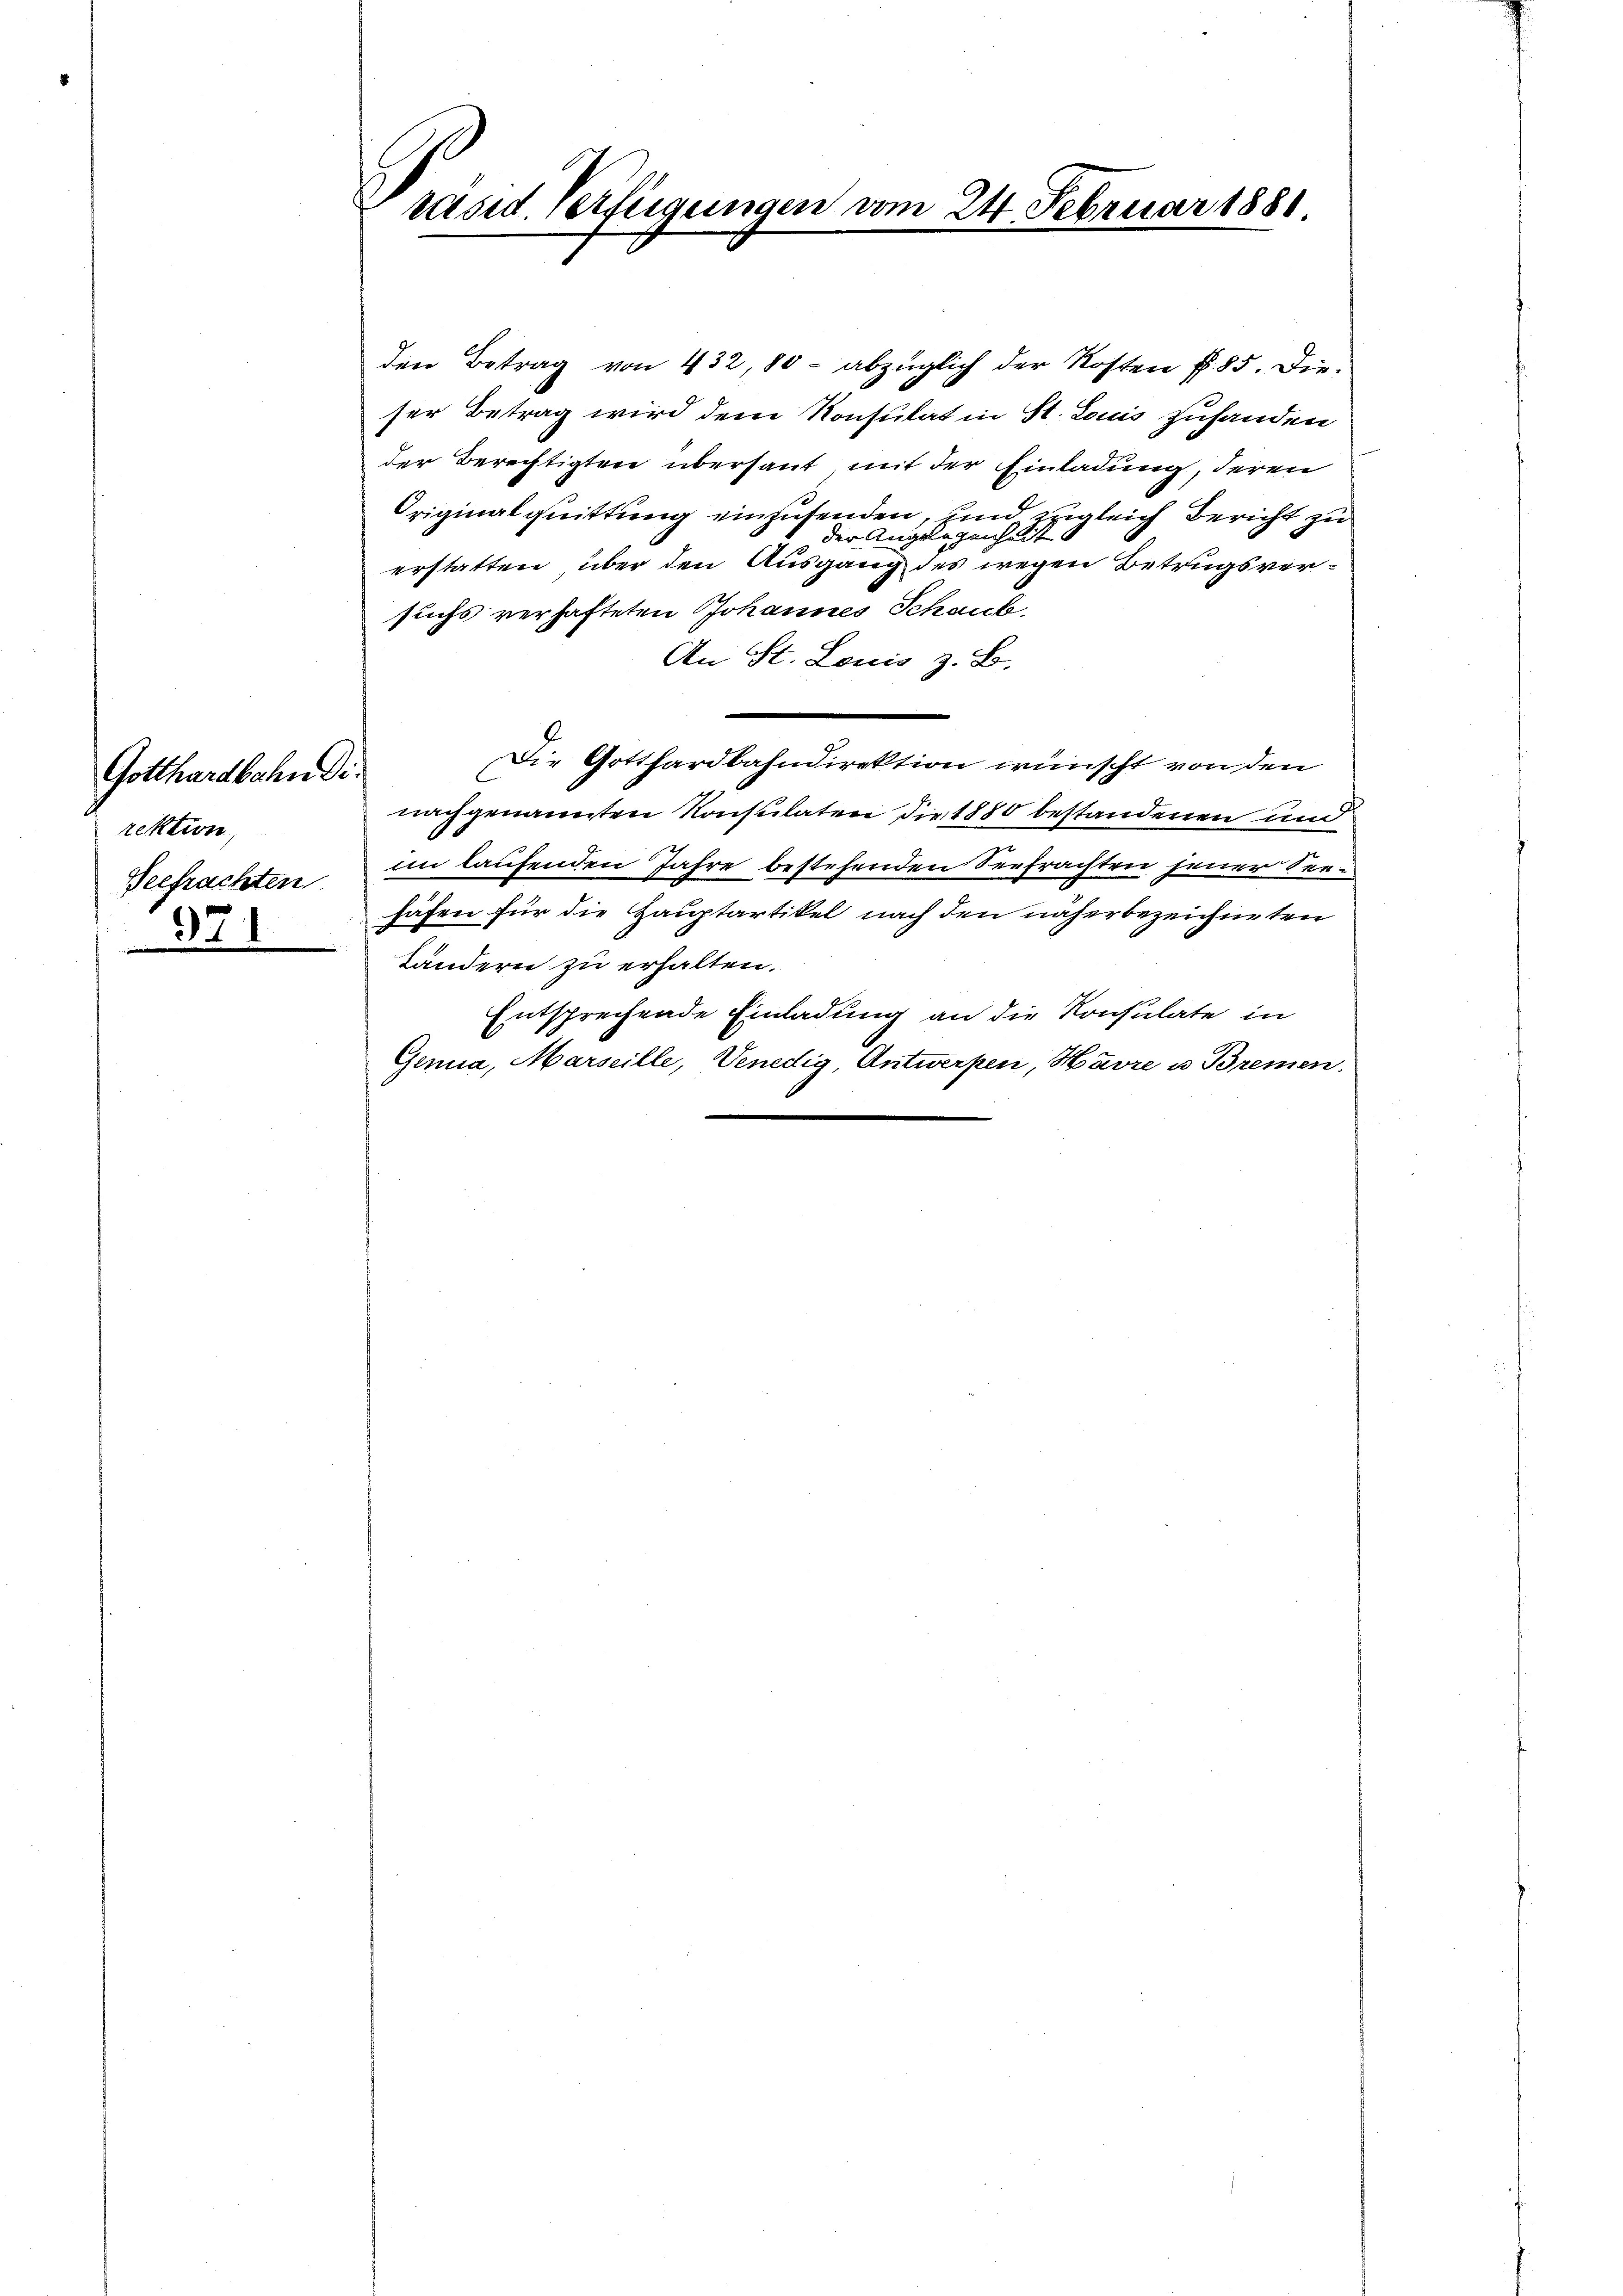
Gotthardbahn Direktion
Seefrachten
971

räsid. Verfügungen vom 24. Februar 1881.

den Betrag von 432, 80 - abzüglich der Kosten f. 85. Dieser Betrag wird dem Konsulat in St. Louis zuhanden
der Berechtigten übersaut mit der Einladung, deren
Originalquittung einzusenden, und zugleich Bericht zu
der Angelegenheit
erstatten, über den Ausgang des wegen Betrugsversuchs verhafteten Johannes Schaube,
An St. Louis z. B.
Die Gotthardbahndirektion wünscht von den
nachgenannten Konsulaten die 1880 bestandenen und
im laufenden Jahre bestehenden Seefrachten jener Seehafen für die Hauptartikel nach den näherbezeichneten
tändern zu erhalten.
Entsprechende Einladung an die Konsulate in
Genua, Marseille, Venedig, Antwerpen, Havre u Bremen.